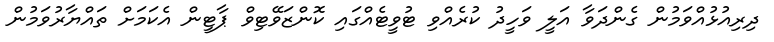
ދިރިއުޅުއްވަމުން ގެންދަވާ އަލީ ވަހީދު ކުރެއްވި ޓުވީޓެއްގައި ކޮންޒަވޭޓިވް ޕާޓީން އެކަމަށް ތައްޔާރުވަމުން